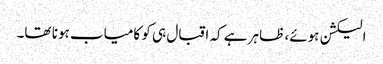
الیکشن ہوئے، ظاہر ہے کہ اقبال ہی کو کامیاب ہونا تھا۔